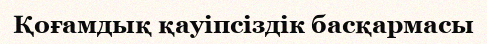
Қоғамдық қауіпсіздік басқармасы